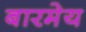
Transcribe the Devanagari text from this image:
बारमेय